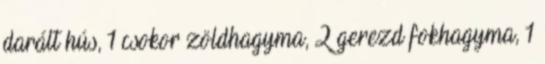
darált hús, 1 csokor zöldhagyma, 2 gerezd fokhagyma, 1